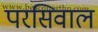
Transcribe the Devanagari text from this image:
परसिवाल